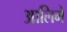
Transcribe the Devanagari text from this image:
आलिमे